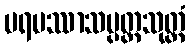
ပရမဿာသပ္ပတ္တသုတ္တံ